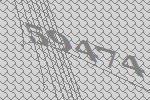
59474